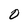
Character: O